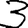
Digit: 3